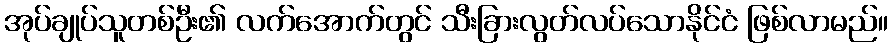
အုပ်ချုပ်သူတစ်ဦး၏ လက်အောက်တွင် သီးခြားလွတ်လပ်သောနိုင်ငံ ဖြစ်လာမည်။